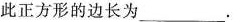
此正方形的边长为_______.